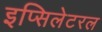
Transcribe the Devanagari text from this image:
इप्सिलेटरल